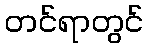
တင်ရာတွင်